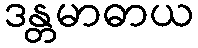
ဒန္တမာဓာယ